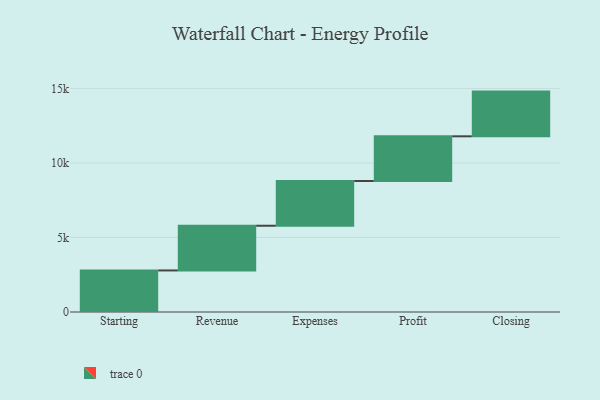
{"axis": {"x": "Step", "y": "Value"}, "legend": [""], "data": [{"x": "Starting", "y": 2788.0, "type": ""}, {"x": "Revenue", "y": 3000, "type": ""}, {"x": "Expenses", "y": 3000, "type": ""}, {"x": "Profit", "y": 3000, "type": ""}, {"x": "Closing", "y": 3000, "type": ""}]}